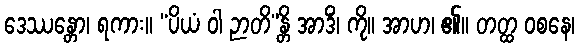
ဒေဿန္တော၊ ရကား။ “ပိယံ ဝါ ဉာတိ”န္တိ အာဒိံ၊ ကို။ အာဟ၊ ၏။ တတ္ထ ဝစနေ၊